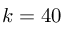
k = 4 0